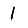
Digit: 1